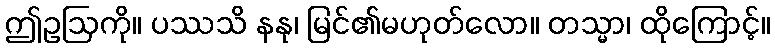
ဤဥဩကို။ ပဿသိ နနု၊ မြင်၏မဟုတ်လော။ တသ္မာ၊ ထိုကြောင့်။